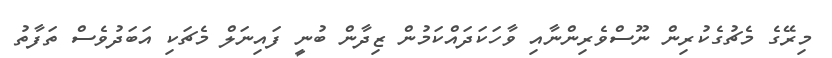
މިރޭގެ މެޗުގެކުރިން ނޫސްވެރިންނާއި ވާހަކަދައްކަމުން ޒިދާން ބުނީ ފައިނަލް މެޗަކި އަބަދުވެސް ތަފާތު